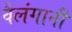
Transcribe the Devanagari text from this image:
वैलंगानी